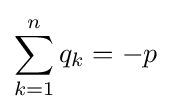
\sum _{k=1}^{n}q_{k}=-p